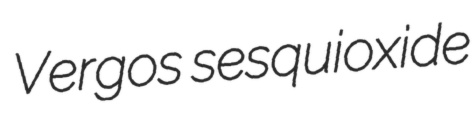
Vergos sesquioxide